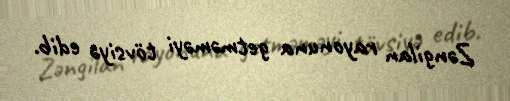
Zəngilan rayonuna getməməyi tövsiyə edib.